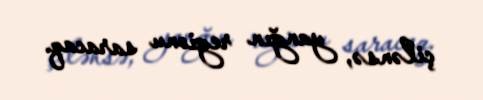
çilənsə, yanğın regionu saracaq.